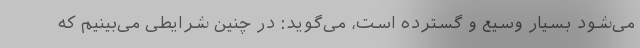
می‌شود بسیار وسیع و گسترده است، می‌گوید: در چنین شرایطی می‌بینیم که